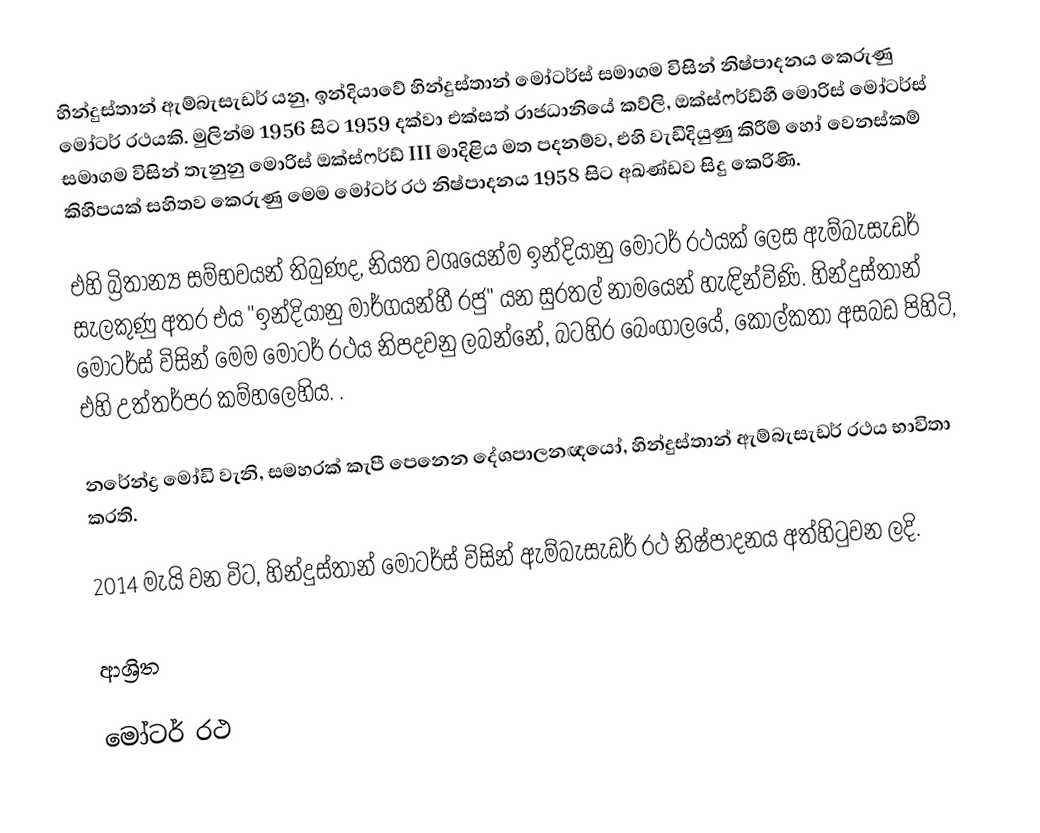
හින්දුස්තාන් ඇම්බැසැඩර් යනු, ඉන්දියාවේ  හින්දුස්තාන් මෝටර්ස් සමාගම විසින් නිෂ්පාදනය කෙරුණු මෝටර් රථයකි. මුලින්ම 1956 සිට 1959 දක්වා එක්සත් රාජධානියේ  කව්ලි, ඔක්ස්ෆර්ඩ්හී මොරිස් මෝටර්ස් සමාගම විසින් තැනුනු මොරිස් ඔක්ස්ෆර්ඩ් III මාදිළිය මත පදනම්ව, එහි වැඩිදියුණු කිරීම් හෝ වෙනස්කම් කිහිපයක් සහිතව කෙරුණු මෙම මෝටර් රථ නිෂ්පාදනය 1958 සිට අඛණ්ඩව සිදු කෙරිණි.

එහි බ්‍රිතාන්‍ය සම්භවයන් තිබුණද, නියත වශයෙන්ම ඉන්දියානු මෝටර් රථයක් ලෙස ඇම්බැසැඩර් සැලකුණු අතර එය  "ඉන්දියානු මාර්ගයන්හී රජු" යන සුරතල් නාමයෙන් හැඳින්විණි.  හින්දුස්තාන් මෝටර්ස් විසින් මෙම මෝටර් රථය නිපදවනු ලබන්නේ,  බටහිර බෙංගාලයේ,  කොල්කතා අසබඩ පිහිටි, එහි උත්තර්පර කම්හලෙහිය. .

නරේන්ද්‍ර මෝඩි වැනි, සමහරක් කැපී පෙනෙන දේශපාලනඥයෝ, හින්දුස්තාන් ඇම්බැසැඩර් රථය භාවිතා කරති.

2014 මැයි වන විට, හින්දුස්තාන් මෝටර්ස් විසින් ඇම්බැසැඩර් රථ නිෂ්පාදනය අත්හිටුවන ලදි.

ආශ්‍රිත

මෝටර් රථ